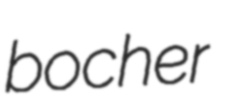
bocher